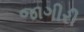
જાગીરી